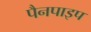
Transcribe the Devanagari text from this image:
पैनपाइप